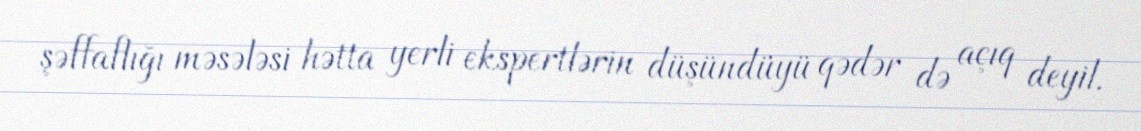
şəffaflığı məsələsi hətta yerli ekspertlərin düşündüyü qədər də açıq deyil.